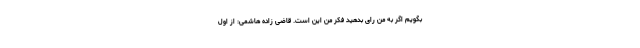
بگویم اگر به من رای بدهید فکر من این است. قاضی زاده هاشمی: از اول